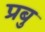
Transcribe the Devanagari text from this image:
प्रबु